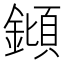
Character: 𨫫